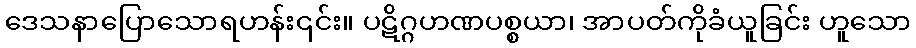
ဒေသနာပြောသောရဟန်း၎င်း။ ပဋိဂ္ဂဟဏပစ္စယာ၊ အာပတ်ကိုခံယူခြင်း ဟူသော